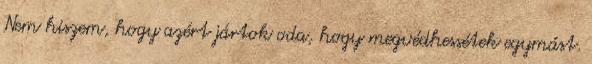
Nem hiszem, hogy azért jártok oda, hogy megvédhessétek egymást.